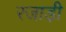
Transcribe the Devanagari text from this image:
रजाड़ी